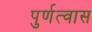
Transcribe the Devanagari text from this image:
पुर्णत्‍वास